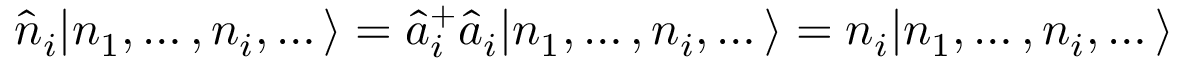
\hat { n } _ { i } | n _ { 1 } , \dots , n _ { i } , \dots \rangle = \hat { a } _ { i } ^ { + } \hat { a } _ { i } | n _ { 1 } , \dots , n _ { i } , \dots \rangle = n _ { i } | n _ { 1 } , \dots , n _ { i } , \dots \rangle